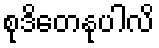
စုဒိတေနုပါလိ